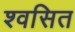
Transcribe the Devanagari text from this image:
श्वसित